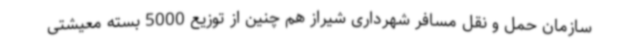
سازمان حمل و نقل مسافر شهرداری شیراز هم چنین از توزیع 5000 بسته معیشتی